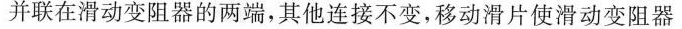
并联在滑动变阻器的两端，其他连接不变，移动滑片使滑动变阻器